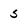
Character: 5